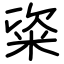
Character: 粢